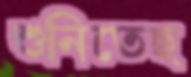
শুনিতেছ